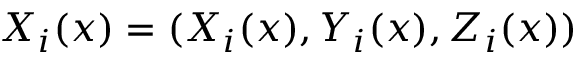
\boldsymbol { X _ { i } } ( \boldsymbol { x } ) = ( X _ { i } ( \boldsymbol { x } ) , Y _ { i } ( \boldsymbol { x } ) , Z _ { i } ( \boldsymbol { x } ) )